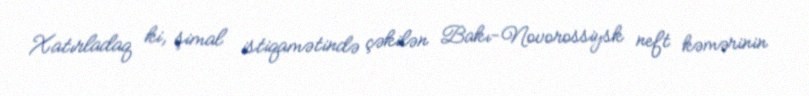
Xatırladaq ki, şimal istiqamətində çəkilən Bakı-Novorossiysk neft kəmərinin